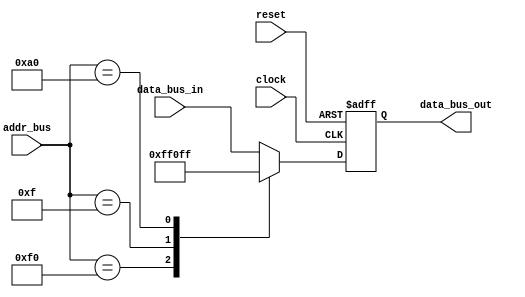
module decode (clock, reset, data_bus_in, addr_bus, data_bus_out);

input       clock, reset;
input  [7:0] data_bus_in;
input  [7:0] addr_bus;

output [7:0] data_bus_out;

reg    [7:0] data_bus_out;

always @ (posedge clock or posedge reset)
      if (reset)
         data_bus_out <= 8'b00000000;
      else
         case (addr_bus)
          8'b 11110000: data_bus_out <= 8'b00001111;
          8'b 00001111: data_bus_out <= 8'b11110000;
          8'b 10100000: data_bus_out <= 8'b11111111;
          default:      data_bus_out <= data_bus_in;
		 endcase
                 
endmodule